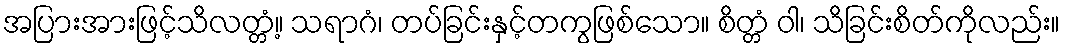
အပြားအားဖြင့်သိလတ္တံ့။ သရာဂံ၊ တပ်ခြင်းနှင့်တကွဖြစ်သော။ စိတ္တံ ဝါ၊ သိခြင်းစိတ်ကိုလည်း။